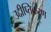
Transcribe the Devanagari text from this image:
उद्दीप्तिकरण